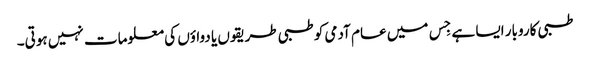
طبی کاروبار ایسا ہے جِس میں عام آدمی کو طبی طریقوں یا دواؤں کی معلومات نہیں ہوتی۔